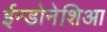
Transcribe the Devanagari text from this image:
ईन्डोनेशिआ